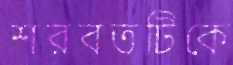
শরবতটিকে